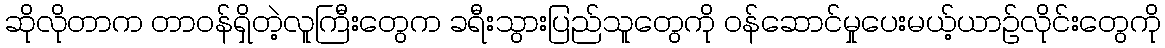
ဆိုလိုတာက တာဝန်ရှိတဲ့လူကြီးတွေက ခရီးသွားပြည်သူတွေကို ဝန်ဆောင်မှုပေးမယ့်ယာဉ်လိုင်းတွေကို